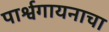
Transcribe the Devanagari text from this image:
पार्श्वगायनाचा